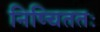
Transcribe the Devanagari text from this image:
निष्चिततः